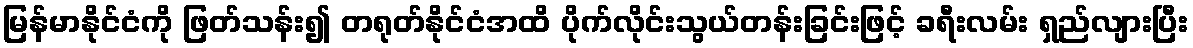
မြန်မာနိုင်ငံကို ဖြတ်သန်း၍ တရုတ်နိုင်ငံအထိ ပိုက်လိုင်းသွယ်တန်းခြင်းဖြင့် ခရီးလမ်း ရှည်လျားပြီး